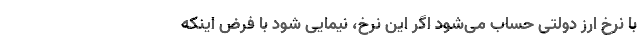
با نرخ ارز دولتی حساب می‌شود اگر این نرخ، نیمایی شود با فرض اینکه